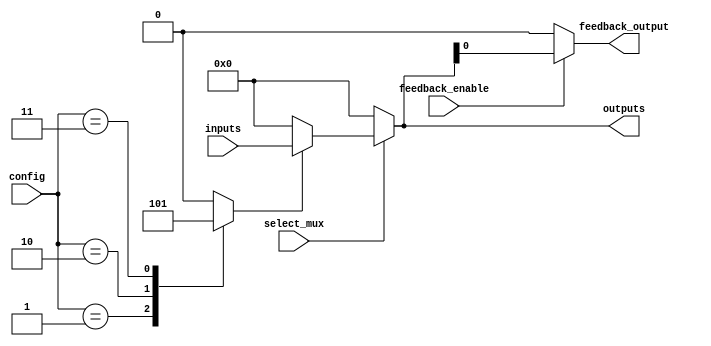
module CLB (
    input wire [3:0] inputs,          // Input Lines
    input wire [3:0] config,          // Configuration Memory for LUT
    input wire select_mux,            // Control Signal for Multiplexer
    input wire feedback_enable,        // Control Signal for Feedback
    output wire [3:0] outputs,        // Output Lines
    output wire feedback_output        // Feedback Path Output
);

// LUT implementation
wire [15:0] lut_output;
reg [3:0] lut;

// LUT - Configurable logic based on configuration memory
always @(*) begin
    case (config)
        4'b0000: lut = 4'b0000;  // 0
        4'b0001: lut = 4'b0001;  // AND
        4'b0010: lut = 4'b0010;  // OR
        4'b0011: lut = 4'b0011;  // XOR
        // Add more configurations as needed
        default: lut = 4'b0000;   // Default to 0
    endcase
end

// Generate LUT output based on inputs
assign lut_output = lut[0] ? inputs : 4'b0000;  // Basic example of LUT operation

// Multiplexer for selecting output
assign outputs = select_mux ? lut_output[3:0] : 4'b0000;

// Feedback path
assign feedback_output = feedback_enable ? outputs : 4'b0000;

endmodule